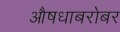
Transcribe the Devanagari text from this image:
औषधाबरोबर